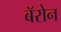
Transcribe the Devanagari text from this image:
बॅरोन